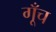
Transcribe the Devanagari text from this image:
गूँच